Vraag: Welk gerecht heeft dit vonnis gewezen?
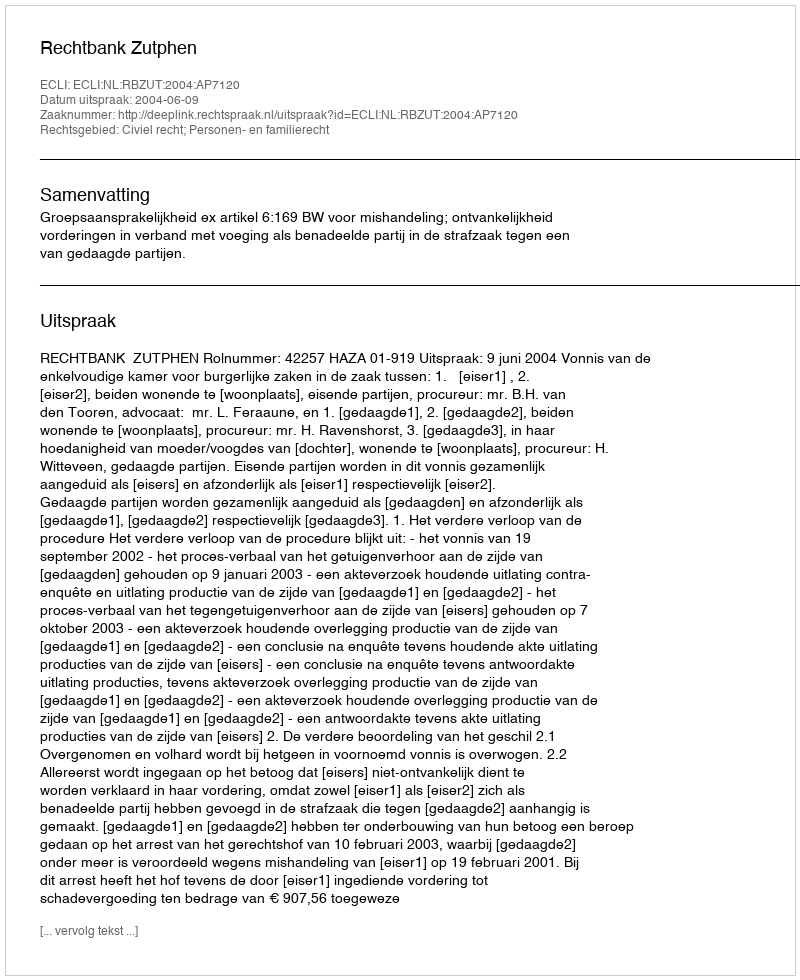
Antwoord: Rechtbank Zutphen